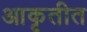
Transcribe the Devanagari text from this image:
आकृतीत